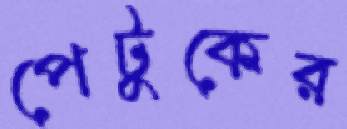
পেটুকের